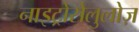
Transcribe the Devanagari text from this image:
नाइट्रोसेलुलोज़